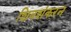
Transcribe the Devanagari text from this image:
शिवशंकरन